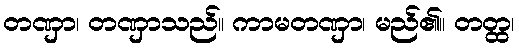
တဏှာ၊ တဏှာသည်။ ကာမတဏှာ၊ မည်၏။ တတ္ထ၊